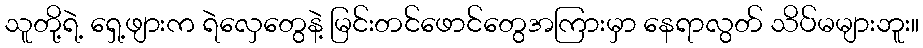
သူတို့ရဲ့ ရှေ့ဖျားက ရဲလှေတွေနဲ့ မြင်းတင်ဖောင်တွေအကြားမှာ နေရာလွတ် သိပ်မများဘူး။